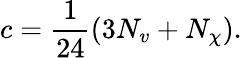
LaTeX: c=\frac{1}{24}\left(3N_{v}+N_{\chi}\right).